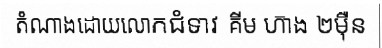
តំណាងដោយលោកជំទាវ គីម ហ៊ាង ២ម៉ឺន